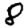
Digit: 8